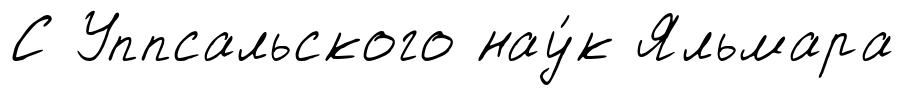
С Уппсальского нау́к Яльмара